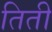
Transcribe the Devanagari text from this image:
तिती